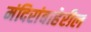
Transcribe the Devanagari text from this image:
मंदिरांबाहेरील